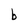
Character: b